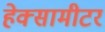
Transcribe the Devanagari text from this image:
हेक्सामीटर